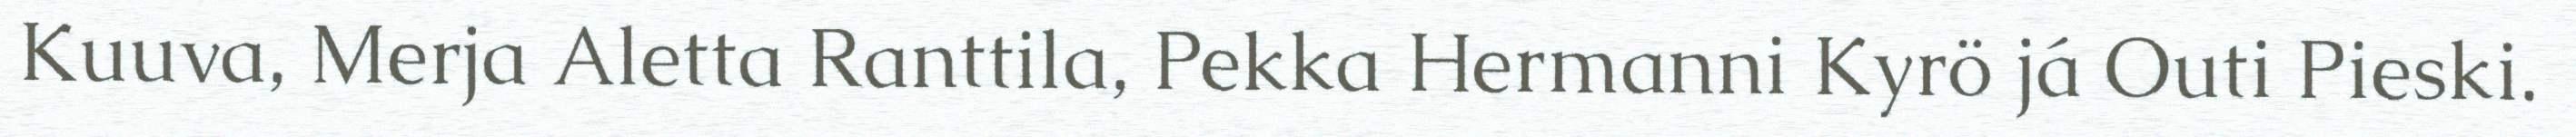
Kuuva, Merja Aletta Ranttila, Pekka Hermanni Kyrö já Outi Pieski.